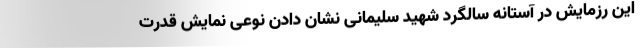
این رزمایش در آستانه سالگرد شهید سلیمانی نشان دادن نوعی نمایش قدرت